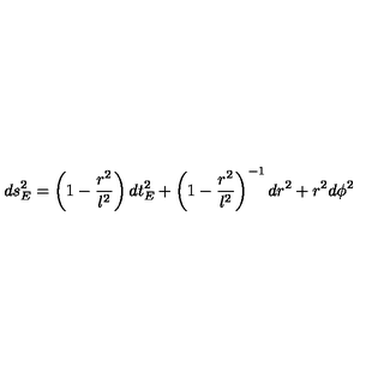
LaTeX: d s _ { E } ^ { 2 } = \left( 1 - \frac { r ^ { 2 } } { l ^ { 2 } } \right) d t _ { E } ^ { 2 } + \left( 1 - \frac { r ^ { 2 } } { l ^ { 2 } } \right) ^ { - 1 } d r ^ { 2 } + r ^ { 2 } d \phi ^ { 2 }